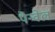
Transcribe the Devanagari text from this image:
पैन्वेल